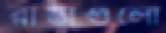
রাস্তাগুলো